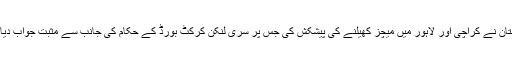
پاکستان نے کراچی اور لاہور میں میچز کھیلنے کی پیشکش کی جس پر سری لنکن کرکٹ بورڈ کے حکام کی جانب سے مثبت جواب دیا گیا۔